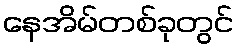
နေအိမ်တစ်ခုတွင်